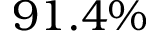
9 1 . 4 \%